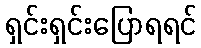
ရှင်းရှင်းပြောရရင်